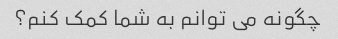
چگونه می توانم به شما کمک کنم؟